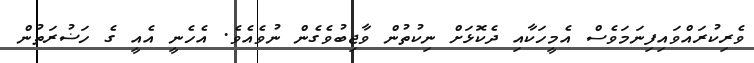
ވެރިކުރައްވައިފިނަަމަވެސް އެމީހަކާއި ދެކޮޅަށް ނިކުތުން ވާޖިބުވެގެން ނުވެއެވެ. އެހެނީ އެއީ ގެ ހަޟުރަތުން